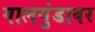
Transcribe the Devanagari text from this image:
गालगुंडावर